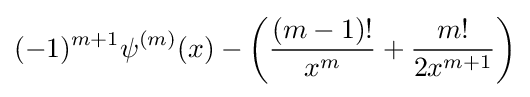
(-1)^{m+1}\psi ^{(m)}(x)-\left({\frac {(m-1)!}{x^{m}}}+{\frac {m!}{2x^{m+1}}}\right)